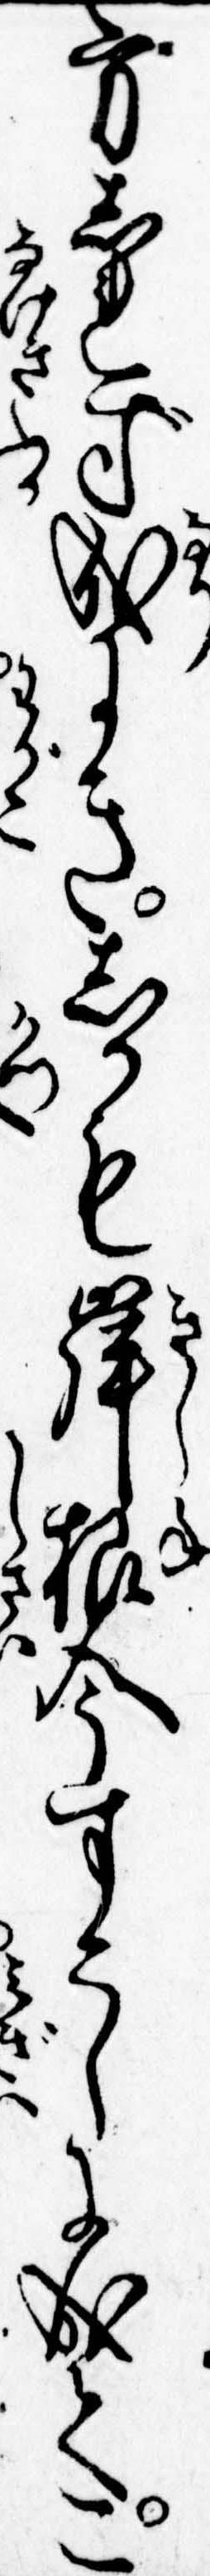
方しれず成にきしかも岸根今すこしに成てこ